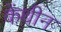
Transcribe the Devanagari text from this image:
केंथीन